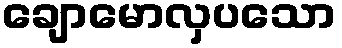
ချောမောလှပသော